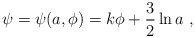
\begin{align*}\psi = \psi (a, \phi) = k \phi + \frac{3}{2} \ln{a} \ ,\end{align*}